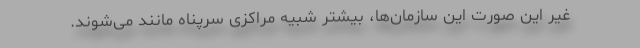
غیر این صورت این سازمان‌ها، بیشتر شبیه مراکزی سرپناه مانند می‌شوند.